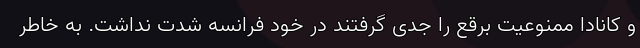
و کانادا ممنوعیت برقع را جدی گرفتند در خود فرانسه شدت نداشت. به خاطر